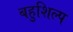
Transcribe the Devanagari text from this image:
बहुशिल्प